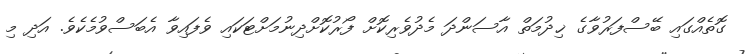
ގޮތެއްގައި ބޭސްފަރުވާގެ ޚިދުމަތް އާސަންދަ މެދުވެރިކޮށް ފޯރުކޮށްދިނުމަށްޓަކައި ވެފައިވާ އެބަސްވުމެކެވެ. އަދި މި